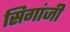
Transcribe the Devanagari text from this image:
सिगांजी